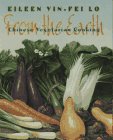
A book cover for From the Earth: Chinese Vegetarian Cooking; Eileen Yin-Fei Lo; Cookbooks, Food & Wine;